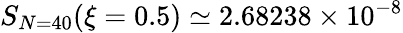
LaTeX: S_{N=40}(\xi=0.5)\simeq 2.68238\times 10^{-8}